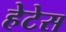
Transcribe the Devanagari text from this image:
हेटेस